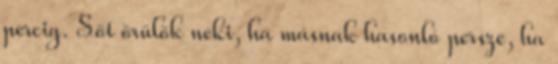
percig. Sőt örülök neki, ha másnak hasonló persze, ha